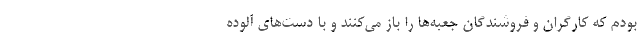
بودم که کارگران و فروشندگان جعبه‌ها را باز می‌کنند و با دست‌های آلوده